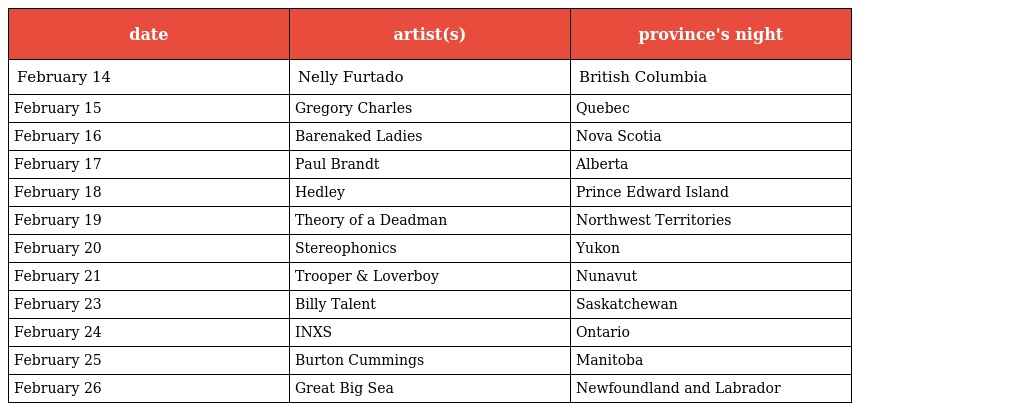
| date | artist(s) | province's night |
 | --- | --- | --- |
 | February 14 | Nelly Furtado | British Columbia |
 | February 15 | Gregory Charles | Quebec |
 | February 16 | Barenaked Ladies | Nova Scotia |
 | February 17 | Paul Brandt | Alberta |
 | February 18 | Hedley | Prince Edward Island |
 | February 19 | Theory of a Deadman | Northwest Territories |
 | February 20 | Stereophonics | Yukon |
 | February 21 | Trooper & Loverboy | Nunavut |
 | February 23 | Billy Talent | Saskatchewan |
 | February 24 | INXS | Ontario |
 | February 25 | Burton Cummings | Manitoba |
 | February 26 | Great Big Sea | Newfoundland and Labrador |